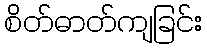
စိတ်ဓာတ်ကျခြင်း